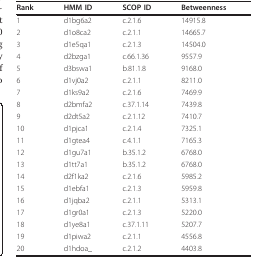
<table><thead><tr><td><b>Rank</b></td><td><b>HMM ID</b></td><td><b>SCOP ID</b></td><td><b>Betweenness</b></td></tr></thead><tbody><tr><td>1</td><td>d1bg6a2</td><td>c.2.1.6</td><td>14915.8</td></tr><tr><td>2</td><td>d1o8ca2</td><td>c.2.1.1</td><td>14665.7</td></tr><tr><td>3</td><td>d1e5qa1</td><td>c.2.1.3</td><td>14504.0</td></tr><tr><td>4</td><td>d2bzga1</td><td>c.66.1.36</td><td>9557.9</td></tr><tr><td>5</td><td>d3bswa1</td><td>b.81.1.8</td><td>9168.0</td></tr><tr><td>6</td><td>d1vj0a2</td><td>c.2.1.1</td><td>8211.0</td></tr><tr><td>7</td><td>d1ks9a2</td><td>c.2.1.6</td><td>7469.9</td></tr><tr><td>8</td><td>d2bmfa2</td><td>c.37.1.14</td><td>7439.8</td></tr><tr><td>9</td><td>d2dt5a2</td><td>c.2.1.12</td><td>7410.7</td></tr><tr><td>10</td><td>d1pjca1</td><td>c.2.1.4</td><td>7325.1</td></tr><tr><td>11</td><td>d1gtea4</td><td>c.4.1.1</td><td>7165.3</td></tr><tr><td>12</td><td>d1gu7a1</td><td>b.35.1.2</td><td>6768.0</td></tr><tr><td>13</td><td>d1tt7a1</td><td>b.35.1.2</td><td>6768.0</td></tr><tr><td>14</td><td>d2f1ka2</td><td>c.2.1.6</td><td>5985.2</td></tr><tr><td>15</td><td>d1ebfa1</td><td>c.2.1.3</td><td>5959.8</td></tr><tr><td>16</td><td>d1jqba2</td><td>c.2.1.1</td><td>5313.1</td></tr><tr><td>17</td><td>d1gr0a1</td><td>c.2.1.3</td><td>5220.0</td></tr><tr><td>18</td><td>d1ye8a1</td><td>c.37.1.11</td><td>5207.7</td></tr><tr><td>19</td><td>d1piwa2</td><td>c.2.1.1</td><td>4556.8</td></tr><tr><td>20</td><td>d1hdoa_</td><td>c.2.1.2</td><td>4403.8</td></tr></tbody></table>